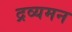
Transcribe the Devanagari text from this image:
द्रव्यमन